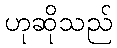
ဟုဆိုသည်